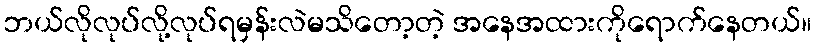
ဘယ်လိုလုပ်လို့လုပ်ရမှန်းလဲမသိတော့တဲ့ အနေအထားကိုရောက်နေတယ်။